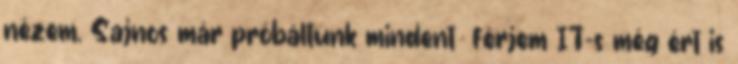
nézem. Sajnos már próbáltunk mindent férjem IT-s még ért is